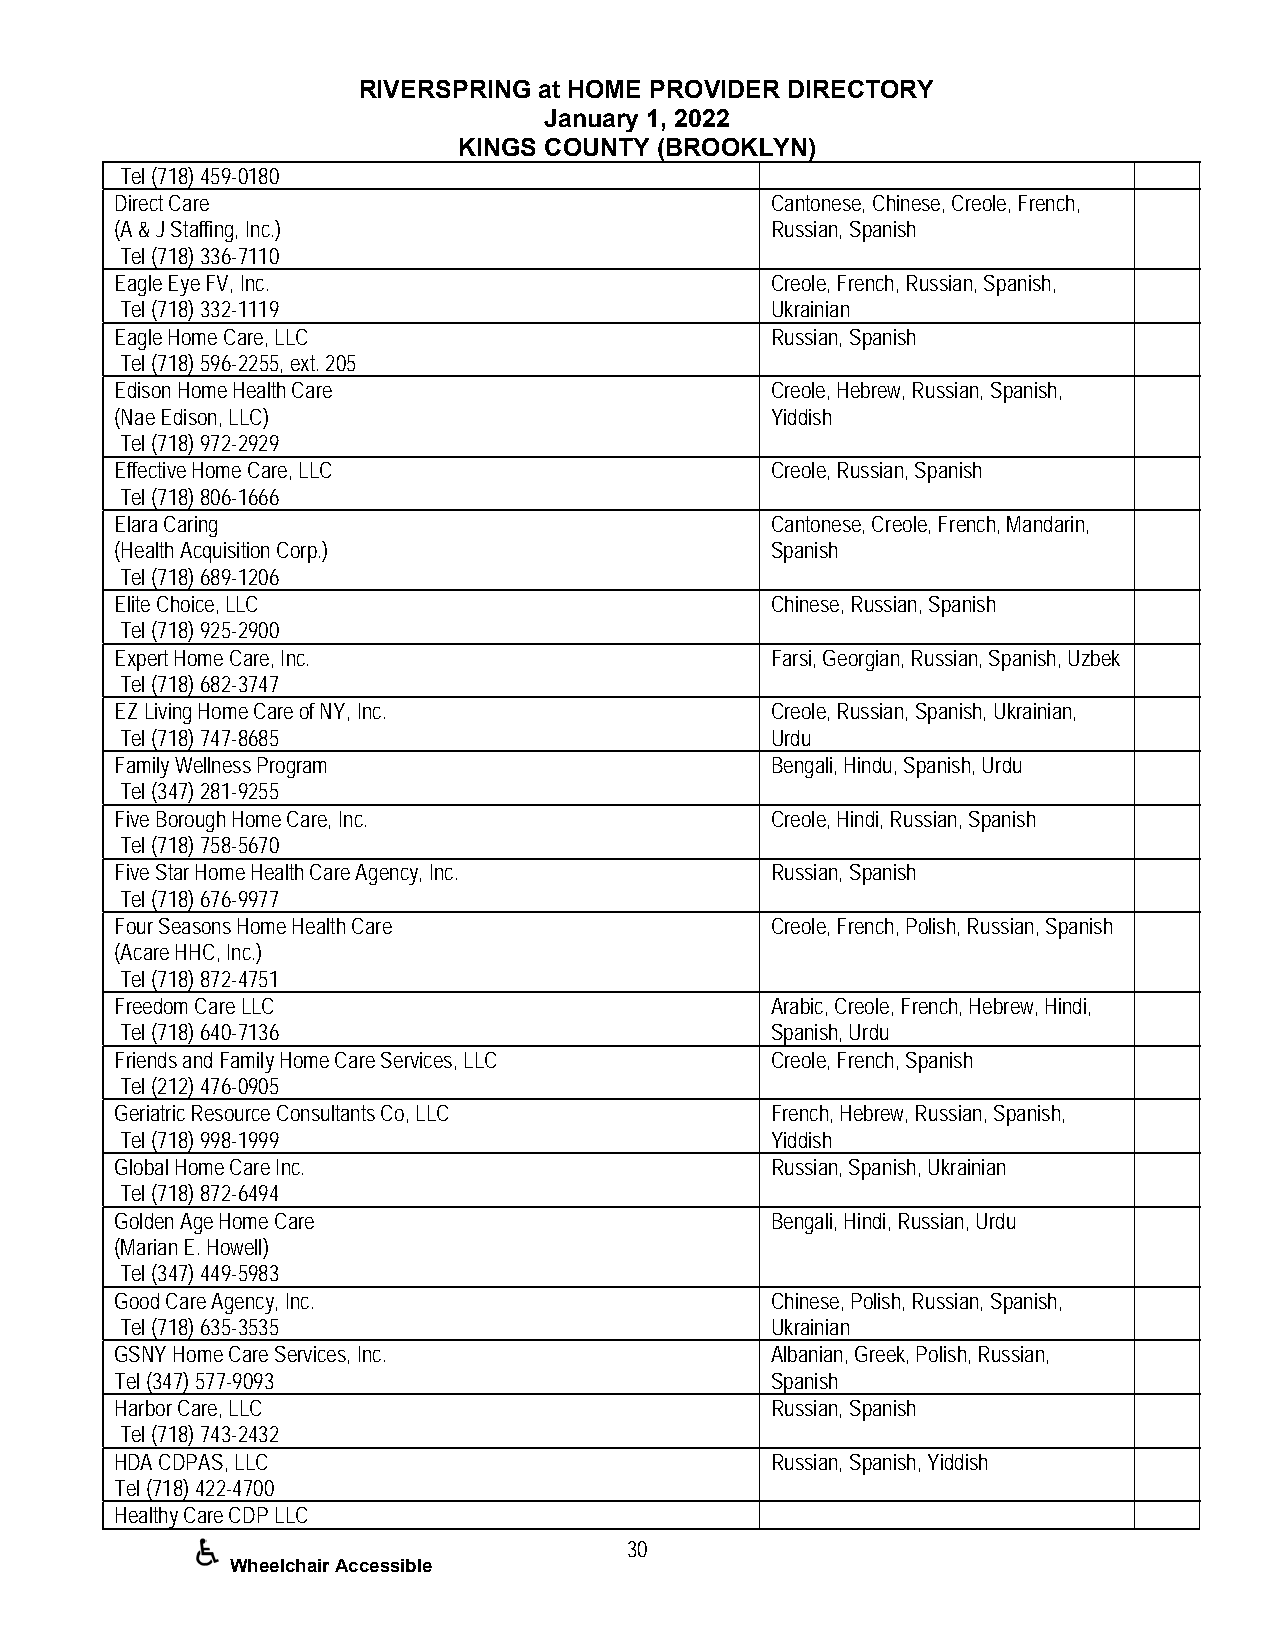
RIVERSPRING at HOME PROVIDER DIRECTORY
 January 1, 2022
 KINGS COUNTY (BROOKLYN)
 Tel (718) 459-0180
 Direct Care                                Cantonese, Chinese, Creole, French,
 (A & J Staffing, Inc.)                     Russian, Spanish
 Tel (718) 336-7110
 Eagle Eye FV, Inc.                         Creole, French, Russian, Spanish,
 Tel (718) 332-1119                         Ukrainian
 Eagle Home Care, LLC                       Russian, Spanish
 Tel (718) 596-2255, ext. 205
 Edison Home Health Care                    Creole, Hebrew, Russian, Spanish,
 (Nae Edison, LLC)                          Yiddish
 Tel (718) 972-2929
 Effective Home Care, LLC                   Creole, Russian, Spanish
 Tel (718) 806-1666
 Elara Caring                               Cantonese, Creole, French, Mandarin,
 (Health Acquisition Corp.)                 Spanish
 Tel (718) 689-1206
 Elite Choice, LLC                          Chinese, Russian, Spanish
 Tel (718) 925-2900
 Expert Home Care, Inc.                     Farsi, Georgian, Russian, Spanish, Uzbek
 Tel (718) 682-3747
 EZ Living Home Care of NY, Inc.            Creole, Russian, Spanish, Ukrainian,
 Tel (718) 747-8685                         Urdu
 Family Wellness Program                    Bengali, Hindu, Spanish, Urdu
 Tel (347) 281-9255
 Five Borough Home Care, Inc.               Creole, Hindi, Russian, Spanish
 Tel (718) 758-5670
 Five Star Home Health Care Agency, Inc.    Russian, Spanish
 Tel (718) 676-9977
 Four Seasons Home Health Care              Creole, French, Polish, Russian, Spanish
 (Acare HHC, Inc.)
 Tel (718) 872-4751
 Freedom Care LLC                           Arabic, Creole, French, Hebrew, Hindi,
 Tel (718) 640-7136                         Spanish, Urdu
 Friends and Family Home Care Services, LLC Creole, French, Spanish
 Tel (212) 476-0905
 Geriatric Resource Consultants Co, LLC     French, Hebrew, Russian, Spanish,
 Tel (718) 998-1999                         Yiddish
 Global Home Care Inc.                      Russian, Spanish, Ukrainian
 Tel (718) 872-6494
 Golden Age Home Care                       Bengali, Hindi, Russian, Urdu
 (Marian E. Howell)
 Tel (347) 449-5983
 Good Care Agency, Inc.                     Chinese, Polish, Russian, Spanish,
 Tel (718) 635-3535                         Ukrainian
 GSNY Home Care Services, Inc.              Albanian, Greek, Polish, Russian,
 Tel (347) 577-9093                         Spanish
 Harbor Care, LLC                           Russian, Spanish
 Tel (718) 743-2432
 HDA CDPAS, LLC                             Russian, Spanish, Yiddish
 Tel (718) 422-4700
 Healthy Care CDP LLC
 30
 Wheelchair Accessible